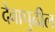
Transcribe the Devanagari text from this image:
देवापुढील